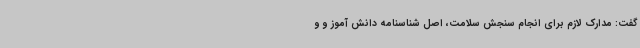
گفت: مدارک لازم برای انجام سنجش سلامت، اصل شناسنامه دانش آموز و و